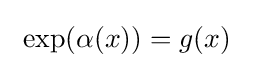
\ \exp(\alpha (x))=g(x)\